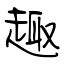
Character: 趣